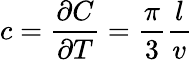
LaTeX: c=\frac{\partial C}{\partial T}=\frac{\pi}{3}\frac{l}{v}